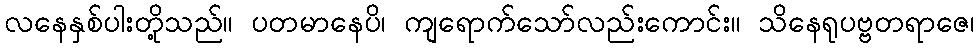
လနေနှစ်ပါးတို့သည်။ ပတမာနေပိ၊ ကျရောက်သော်လည်းကောင်း။ သိနေရုပဗ္ဗတရာဇေ၊